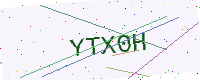
Text: YTX0H